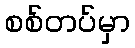
စစ်တပ်မှာ